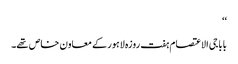
‘‘
بابا جی الاعتصام ہفت روزہ لاہور کے معاون خاص تھے۔